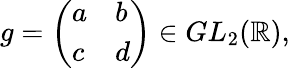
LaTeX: g={\left(\begin{array}{ll}{a}&{b}\\ {c}&{d}\end{array}\right)}\in GL_{2}(\mathbb{R}),